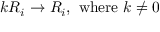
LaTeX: k R _ { i } \rightarrow R _ { i } , \ { \mathrm { w h e r e ~ } } k \neq 0